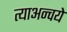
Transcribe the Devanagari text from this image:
त्याअन्वये